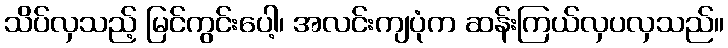
သိပ်လှသည့် မြင်ကွင်းပေါ့၊ အလင်းကျပုံက ဆန်းကြယ်လှပလှသည်။